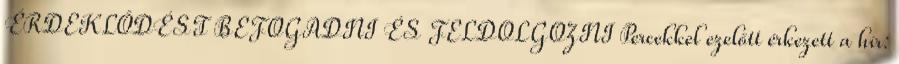
ÉRDEKLŐDÉST BEFOGADNI ÉS FELDOLGOZNI Percekkel ezelőtt érkezett a hír: